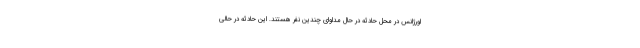
اورژانس در محل حادثه در حال مداوای چندین نفر هستند. این حادثه در حالی